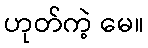
ဟုတ်ကဲ့ မေ။